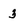
Character: 3